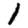
Digit: 1